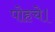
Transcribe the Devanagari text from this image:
पोहचे।